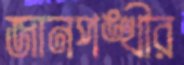
জানপঙ্খীর